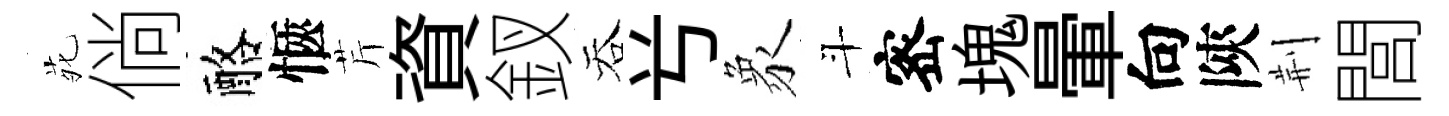
𫟍倘酪愜芹資釵吞𠔃象斗宻塊暈向陝荆閭